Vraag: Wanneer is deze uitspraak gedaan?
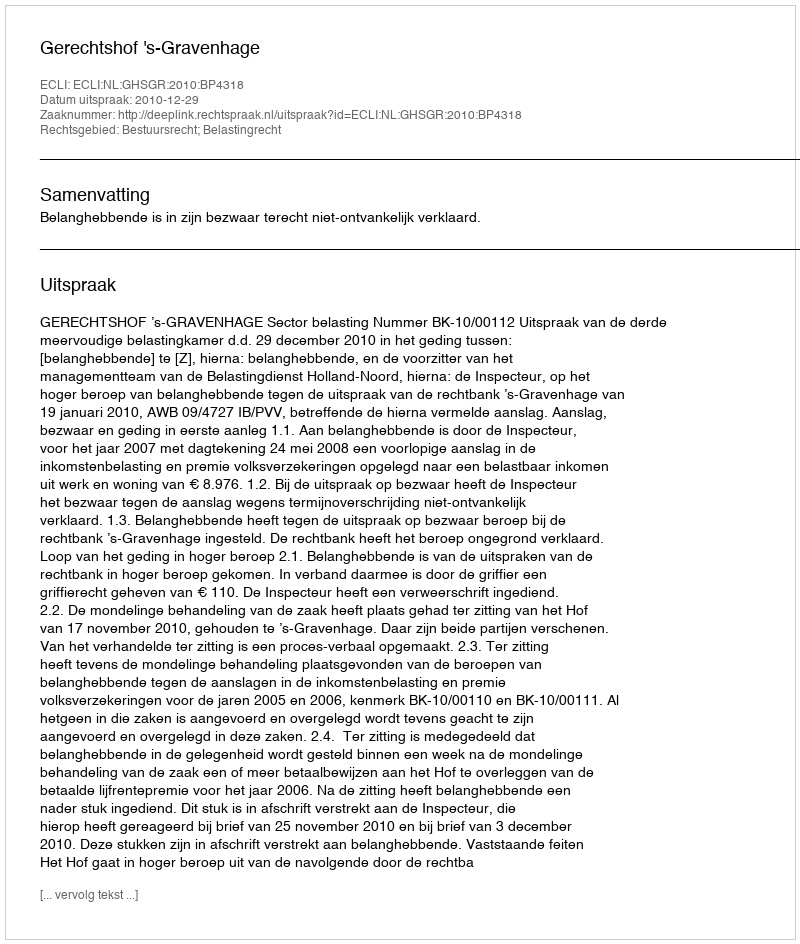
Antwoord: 2010-12-29